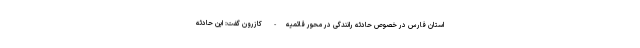
استان فارس در خصوص حادثه رانندگی در محور قائمیه- کازرون گفت: این حادثه